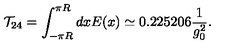
{ \cal T } _ { 2 4 } = \int _ { - \pi R } ^ { \pi R } d x E ( x ) \simeq 0 . 2 2 5 2 0 6 \frac { 1 } { g _ { 0 } ^ { 2 } } .